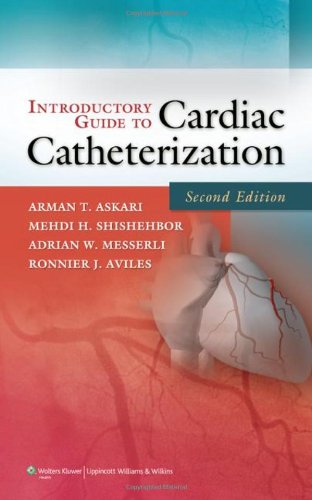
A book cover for Introductory Guide to Cardiac Catheterization; Arman T. Askari MD; Medical Books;